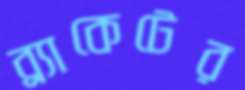
ব্র্যাকেটের